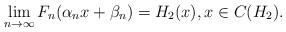
LaTeX: \begin{align*}\lim_{n\rightarrow \infty }F_{n}(\alpha _{n}x+\beta _{n})=H_{2}(x),x\in C(H_{2}). \end{align*}